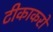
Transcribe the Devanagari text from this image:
टीकाकरों